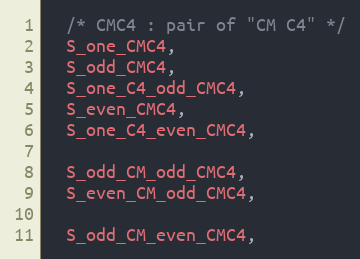
Language: C
  /* CMC4 : pair of "CM C4" */
  S_one_CMC4,
  S_odd_CMC4,
  S_one_C4_odd_CMC4,
  S_even_CMC4,
  S_one_C4_even_CMC4,

  S_odd_CM_odd_CMC4,
  S_even_CM_odd_CMC4,

  S_odd_CM_even_CMC4,